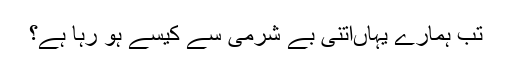
تب ہمارے یہاںاتنی بے شرمی سے کیسے ہو رہا ہے؟